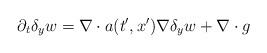
LaTeX: \begin{align*} \partial_t \delta_y w = \nabla \cdot a(t', x') \nabla \delta_y w + \nabla \cdot g\end{align*}